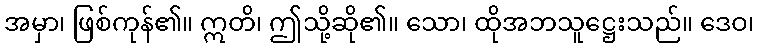
အမှာ၊ ဖြစ်ကုန်၏။ ဣတိ၊ ဤသို့ဆို၏။ သော၊ ထိုအဘသူဋ္ဌေးသည်။ ဒေဝ၊